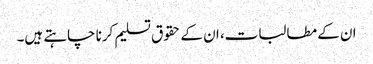
ان کے مطالبات، ان کے حقوق تسلیم کرنا چاہتے ہیں۔